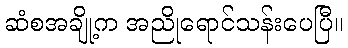
ဆံစအချို့က အညိုရောင်သန်းပေပြီ။